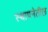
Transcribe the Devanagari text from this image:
स्थापनेतील